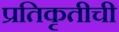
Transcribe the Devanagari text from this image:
प्रतिकृतीची